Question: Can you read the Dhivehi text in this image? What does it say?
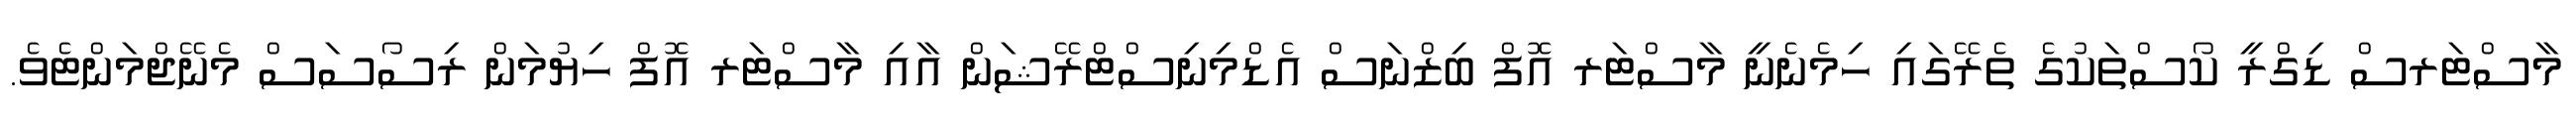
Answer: މާސްޓަރސް ޑިގްރީ ކޯސްތަކުގެ ތެރޭގައި ހިމެނެނީ މާސްޓަރ އޮފް ބިޒްނަސް އެޑްމިނިސްޓްރޭޝަން އާއި މާސްޓަރ އޮފް ހިޔުމަން ރިސޯސަސް މެނޭޖްމަންޓެވެ.